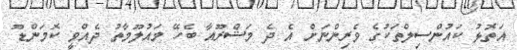
އަތޮޅު ކައުންސިލްތަކުގެ ވެރިންނަށް އެ ދެ މަޝްރޫއާ ބެހޭ މައުލޫމާތު ދެއްވީ ކޮމަންޑޫ